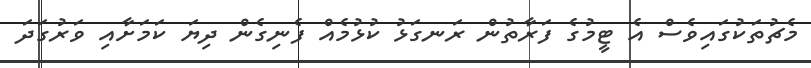
މެޗުތަކުގައިވެސް އެ ޓީމުގެ ފަރާތުން ރަނގަޅު ކުޅުމެއް ފެނިގެން ދިޔަ ކަމަށާއި ވަރުގަދަ